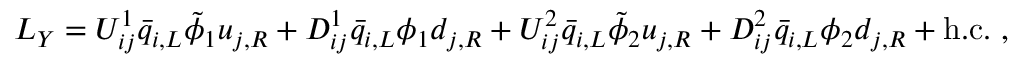
{ \cal L } _ { Y } = U _ { i j } ^ { 1 } { \bar { q } } _ { i , L } { \tilde { \phi } } _ { 1 } u _ { j , R } + D _ { i j } ^ { 1 } { \bar { q } } _ { i , L } { \phi } _ { 1 } d _ { j , R } + U _ { i j } ^ { 2 } { \bar { q } } _ { i , L } { \tilde { \phi } } _ { 2 } u _ { j , R } + D _ { i j } ^ { 2 } { \bar { q } } _ { i , L } { \phi } _ { 2 } d _ { j , R } + \mathrm { h . c . } ~ ,